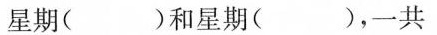
星期( )和星期( )，一共